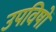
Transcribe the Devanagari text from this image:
उपविषों